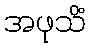
အဖုသိံ